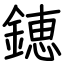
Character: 𨫍